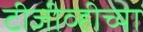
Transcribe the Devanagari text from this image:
टीजीव्हीच्या